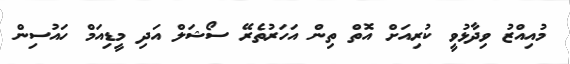
މުއިއްޒު ވިދާޅުވީ ކުރިއަށް އޮތް ތިން އަހަރުތެރޭ ސޯޝަލް އަދި މީޑިއަމް ހައުސިން